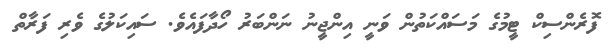
ފޮރެންސިކް ޓީމުގެ މަސައްކަތުން ވަނީ އިންޖީނު ނަންބަރު ހޯދާފައެވެ. ސައިކަލުގެ ވެރި ފަރާތް